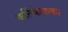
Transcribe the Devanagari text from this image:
कर्तिकेयाका